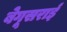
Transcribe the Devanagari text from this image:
बेगूसराई